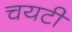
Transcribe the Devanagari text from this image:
चयटी